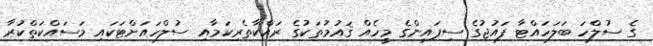
ގެ ސުލްހަ ބަލަހައްޓާ ފައުޖުގެ ސިފައިންގެ މީހެއް ޤައުމުތަކުގެ ރައްކާތެރިކަމާއި ސުލްހައަށްޓަކައި މަސައްކަތްކުރާ